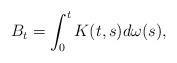
LaTeX: \begin{align*}B_{t}=\int_{0}^{t}K(t,s)d\omega(s),\end{align*}